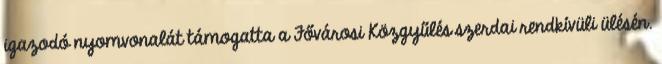
igazodó nyomvonalát támogatta a Fővárosi Közgyűlés szerdai rendkívüli ülésén.